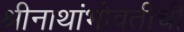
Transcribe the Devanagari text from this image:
श्रीनाथांभोवतीची